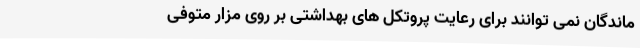
ماندگان نمی توانند برای رعایت پروتکل های بهداشتی بر روی مزار متوفی